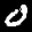
Label: 0